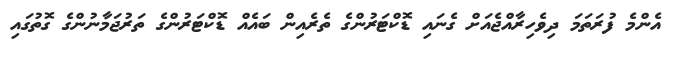
އެންމެ ފުރަތަމަ ދިވެހިރާއްޖެއަށް ގެނައި ޑޮކްޓަރުންގެ ތެރެއިން ބައެއް ޑޮކްޓަރުންގެ ތަރުޖަމާނުންގެ ގޮތުގައި